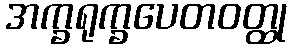
အက္ခရုက္ခပေတဝတ္ထု